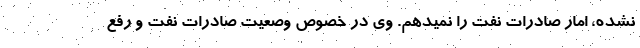
نشده، امار صادرات نفت را نمیدهم. وی در خصوص وصعیت صادرات نفت و رفع